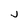
Character: J